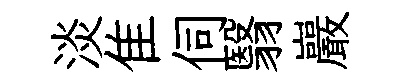
淡隹伺翳巖